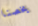
يخصنا